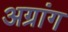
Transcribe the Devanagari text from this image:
अग्रांग